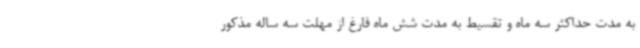
به مدت حداکثر سه ماه و تقسیط به مدت شش ماه فارغ از مهلت سه ساله مذکور